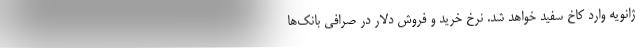
ژانویه وارد کاخ سفید خواهد شد. نرخ خرید و فروش دلار در صرافی بانک‌ها